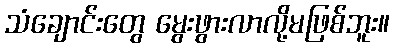
သံချောင်းတွေ မွေးဖွားလာလို့မဖြစ်ဘူး။